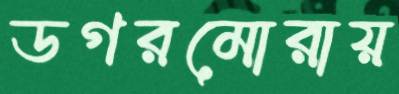
ডগরমোরায়